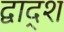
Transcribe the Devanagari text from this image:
द्वाद्श